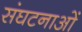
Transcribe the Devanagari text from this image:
संघटनाओं